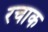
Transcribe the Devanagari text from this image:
रचाक